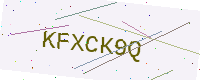
Text: KFXCK9Q